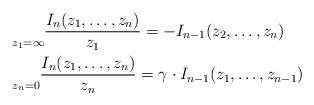
LaTeX: \begin{align*}&\underset{z_1 = \infty}{} \frac {I_n(z_1,\dots,z_n)}{z_1} = - I_{n-1}(z_2,\dots,z_n) \\&\underset{z_n = 0}{} \frac {I_n(z_1,\dots,z_n)}{z_n} = \gamma \cdot I_{n-1}(z_1,\dots,z_{n-1}) \end{align*}